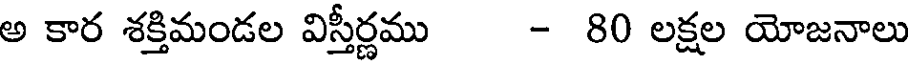
అ కార శక్తిమండల విస్తీర్ణము - 80 లక్షల యోజనాలు